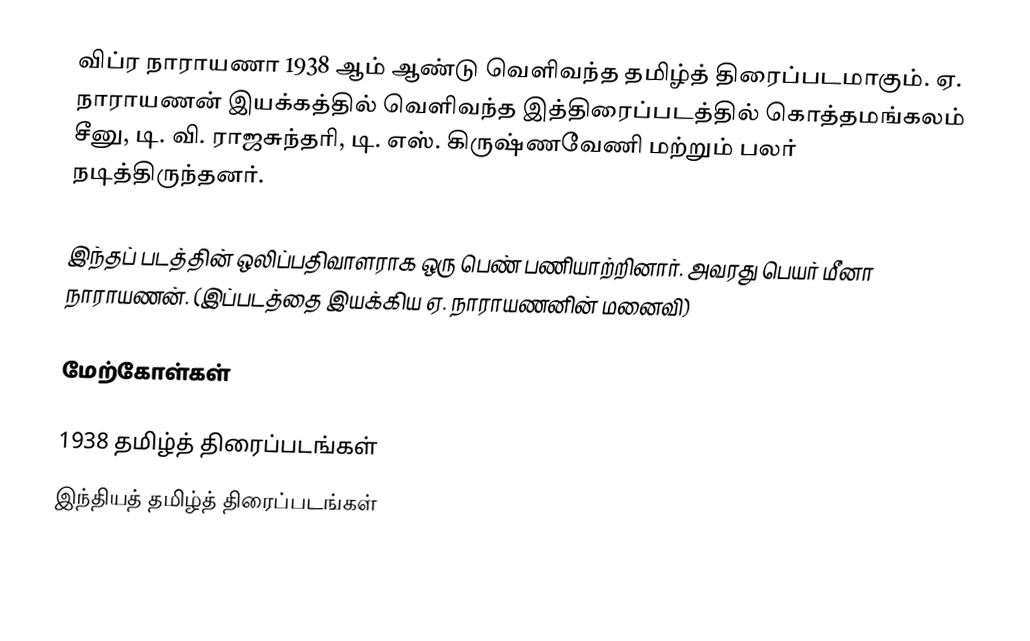
விப்ர நாராயணா 1938 ஆம் ஆண்டு வெளிவந்த தமிழ்த் திரைப்படமாகும். ஏ. நாராயணன் இயக்கத்தில் வெளிவந்த இத்திரைப்படத்தில் கொத்தமங்கலம் சீனு, டி. வி. ராஜசுந்தரி, டி. எஸ். கிருஷ்ணவேணி மற்றும் பலர் நடித்திருந்தனர்.

இந்தப் படத்தின் ஒலிப்பதிவாளராக ஒரு பெண் பணியாற்றினார். அவரது பெயர் மீனா நாராயணன். (இப்படத்தை இயக்கிய ஏ. நாராயணனின் மனைவி)

மேற்கோள்கள்

1938 தமிழ்த் திரைப்படங்கள்
இந்தியத் தமிழ்த் திரைப்படங்கள்